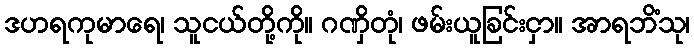
ဒဟရကုမာရေ၊ သူငယ်တို့ကို။ ဂဏှိတုံ၊ ဖမ်းယူခြင်းငှာ။ အာရဘိံသု၊